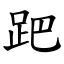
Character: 跁